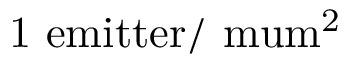
\mathrm { 1 ~ e m i t t e r / \ m u m ^ { 2 } }